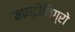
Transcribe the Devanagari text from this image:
मान्टीनिग्रो